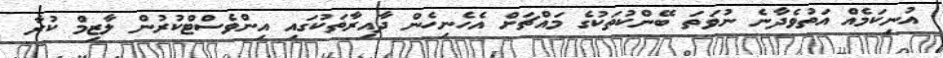
އުނިކަމެއް އަތުވެދާނެ ނުވަތަ ބޭންކުތަކުގެ މައްޗަަށް އެހެނިހެން ދާއިރާތަކުގައި އިންވެސްޓްކުރުން ލާޒިމް ކުރާ